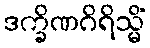
ဒက္ခိဏဂိရိသ္မိံ